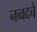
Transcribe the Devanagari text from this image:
नव्वदचे